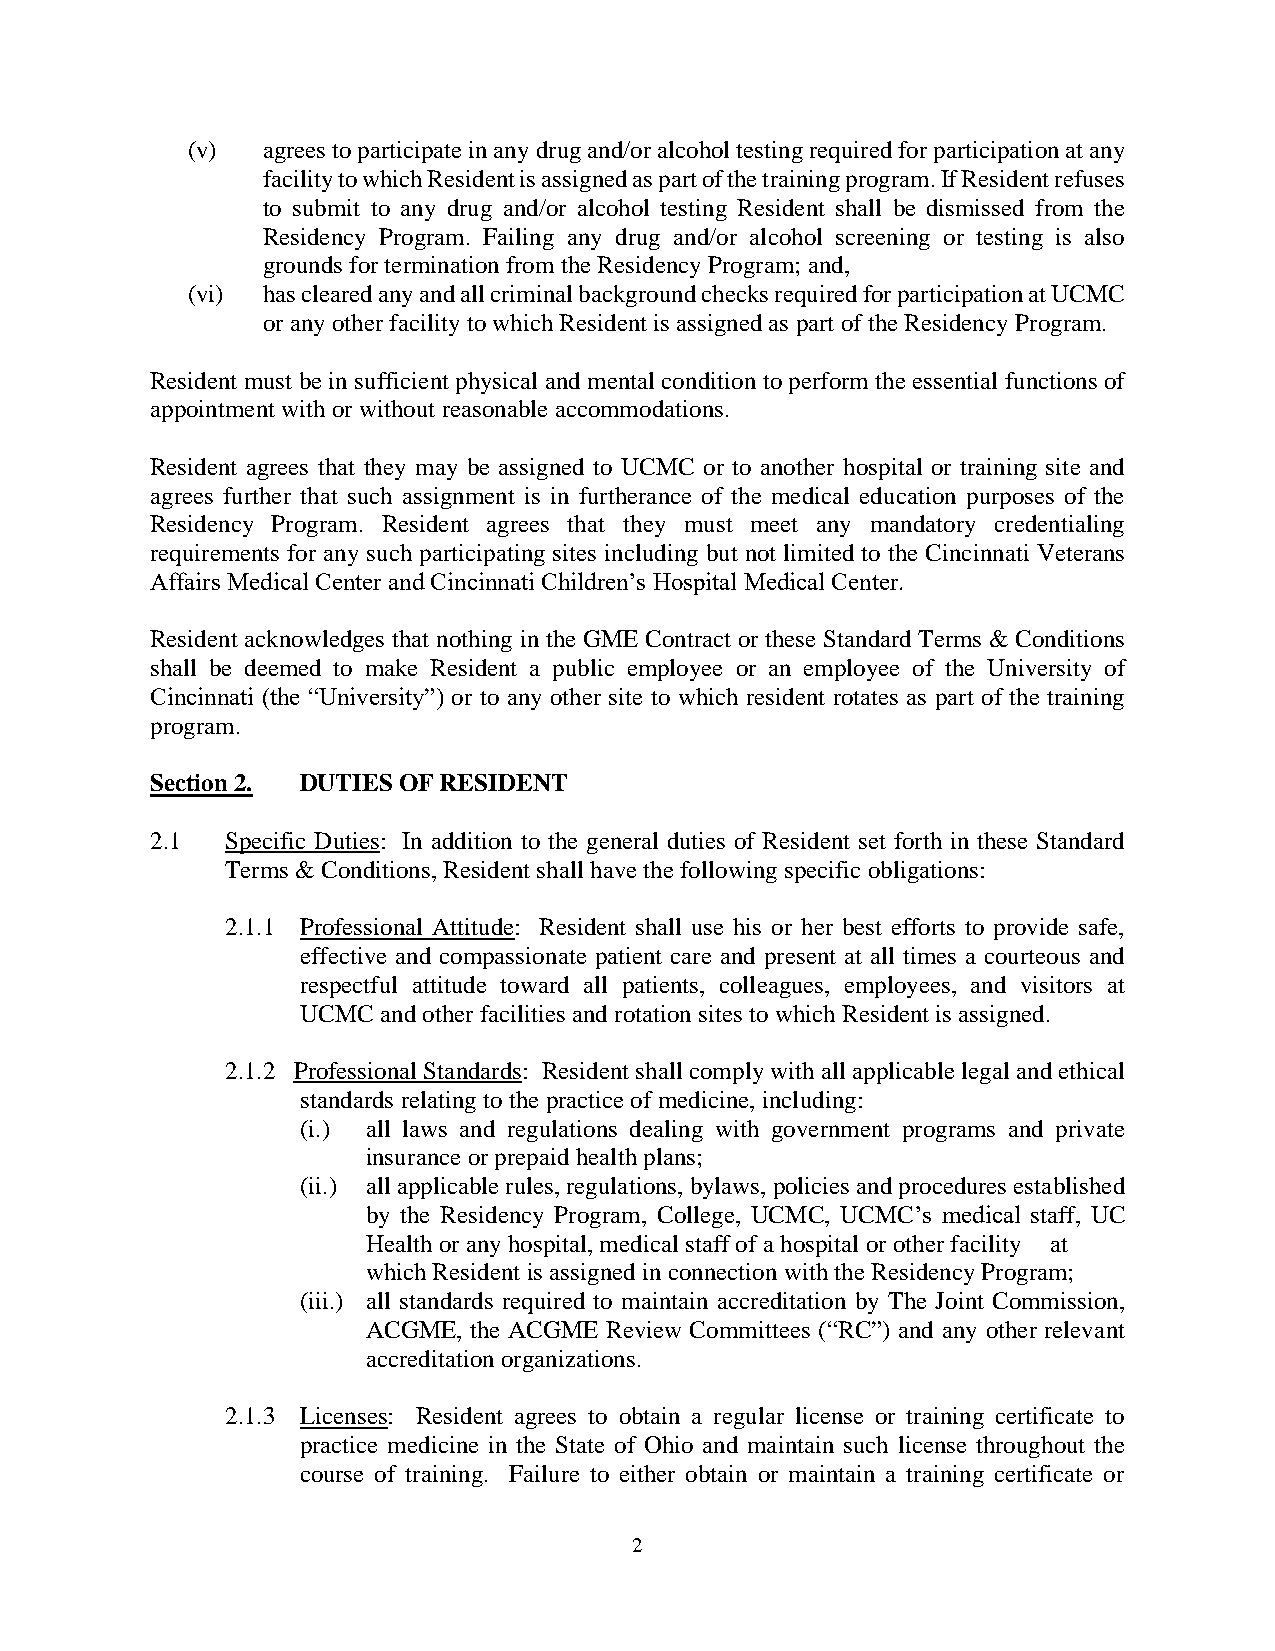
(v)  agrees to participate in any drug and/or alcohol testing required for participation at any
 facility to which Resident is assigned as part of the training program. If Resident refuses
 to submit to any drug and/or alcohol testing Resident shall be dismissed from the
 Residency Program. Failing any drug and/or alcohol screening or testing is also
 grounds for termination from the Residency Program; and,
 (vi) has cleared any and all criminal background checks required for participation at UCMC
 or any other facility to which Resident is assigned as part of the Residency Program.
 Resident must be in sufficient physical and mental condition to perform the essential functions of
 appointment with or without reasonable accommodations.
 Resident agrees that they may be assigned to UCMC or to another hospital or training site and
 agrees further that such assignment is in furtherance of the medical education purposes of the
 Residency Program. Resident agrees that they must meet any mandatory credentialing
 requirements for any such participating sites including but not limited to the Cincinnati Veterans
 Affairs Medical Center and Cincinnati Children’s Hospital Medical Center.
 Resident acknowledges that nothing in the GME Contract or these Standard Terms & Conditions
 shall be deemed to make Resident a public employee or an employee of the University of
 Cincinnati (the “University”) or to any other site to which resident rotates as part of the training
 program.
 Section 2. DUTIES OF RESIDENT
 2.1  Specific Duties: In addition to the general duties of Resident set forth in these Standard
 Terms & Conditions, Resident shall have the following specific obligations:
 2.1.1 Professional Attitude: Resident shall use his or her best efforts to provide safe,
 effective and compassionate patient care and present at all times a courteous and
 respectful attitude toward all patients, colleagues, employees, and visitors at
 UCMC and other facilities and rotation sites to which Resident is assigned.
 2.1.2 Professional Standards: Resident shall comply with all applicable legal and ethical
 standards relating to the practice of medicine, including:
 (i.) all laws and regulations dealing with government programs and private
 insurance or prepaid health plans;
 (ii.) all applicable rules, regulations, bylaws, policies and procedures established
 by the Residency Program, College, UCMC, UCMC’s medical staff, UC
 Health or any hospital, medical staff of a hospital or other facility at
 which Resident is assigned in connection with the Residency Program;
 (iii.) all standards required to maintain accreditation by The Joint Commission,
 ACGME, the ACGME Review Committees (“RC”) and any other relevant
 accreditation organizations.
 2.1.3 Licenses: Resident agrees to obtain a regular license or training certificate to
 practice medicine in the State of Ohio and maintain such license throughout the
 course of training. Failure to either obtain or maintain a training certificate or
 2